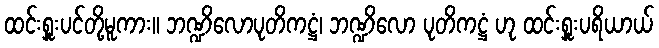
ထင်းရှူးပင်တို့မူကား။ ဘဏ္ဍိလောပုတိကဋ္ဌံ၊ ဘဏ္ဍိလော ပုတိကဋ္ဌံ ဟု ထင်းရှူးပရိယာယ်